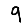
Digit: 9